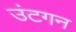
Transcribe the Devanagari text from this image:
उंटगन